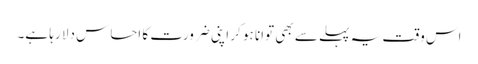
اس وقت یہ پہلے سے بھی توانا ہو کر اپنی ضرورت کا احساس دلا رہا ہے۔